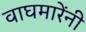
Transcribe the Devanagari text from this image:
वाघमारेंनी